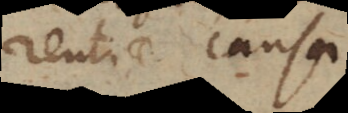
rentiae causa.